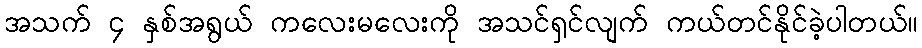
အသက် ၄ နှစ်အရွယ် ကလေးမလေးကို အသင်ရှင်လျက် ကယ်တင်နိုင်ခဲ့ပါတယ်။